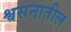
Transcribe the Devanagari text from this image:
श्वसनातील